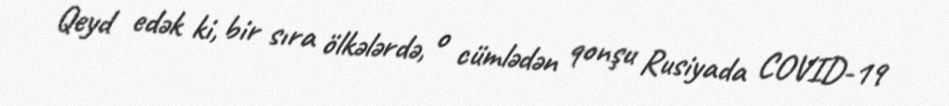
Qeyd edək ki, bir sıra ölkələrdə, o cümlədən qonşu Rusiyada COVID-19